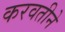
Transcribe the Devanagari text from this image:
करवतीने